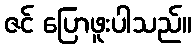
ဇင် ပြောဖူးပါသည်။